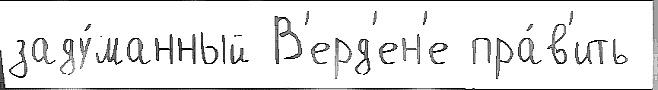
заду́манный В'ерд'ен'е пра́в'ить